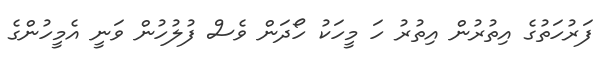
ފަރުހަތުގެ އިތުރުން އިތުރު ހަ މީހަކު ހޯދަން ވެސް ފުލުހުން ވަނީ އެމީހުންގެ